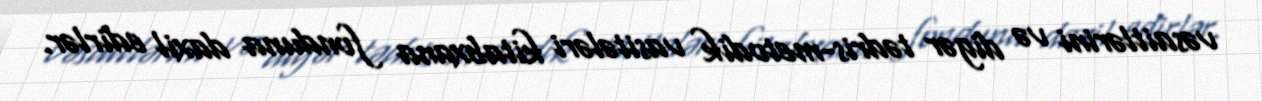
vəsaitlərini və digər tədris-metodik vasitələri kitabxana fonduna daxil edirlər.